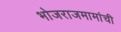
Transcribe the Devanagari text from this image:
भोजराजमामांची